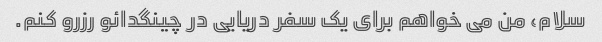
سلام، من می خواهم برای یک سفر دریایی در چینگدائو رزرو کنم.